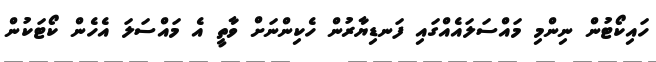
ހައިކޯޓުން ނިންމި މައްސަލައެއްގައި ފަނޑިޔާރުން ހެކިންނަށް ވާތީ އެ މައްސަލަ އެހެން ކޯޓަކުން